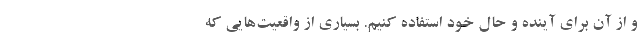
و از آن برای آینده و حال خود استفاده کنیم. بسیاری از واقعیت‌هایی که